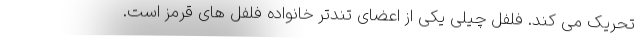
تحریک می کند. فلفل چیلی یکی از اعضای تندتر خانواده فلفل های قرمز است.